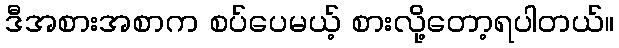
ဒီအစားအစာက စပ်ပေမယ့် စားလို့တော့ရပါတယ်။